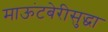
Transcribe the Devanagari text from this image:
माऊंटबेरीसुद्धा